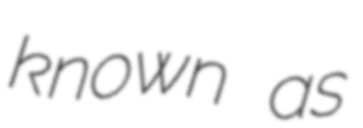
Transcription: known as